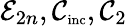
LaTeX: \mathcal{E}_{2n},\mathcal{C}_{\textnormal{\scriptsize inc}},\mathcal{C}_{2}